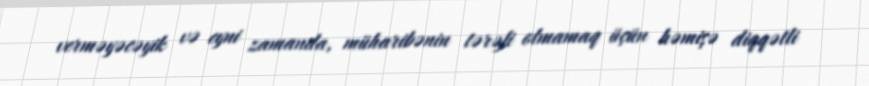
verməyəcəyik və eyni zamanda, müharibənin tərəfi olmamaq üçün həmişə diqqətli